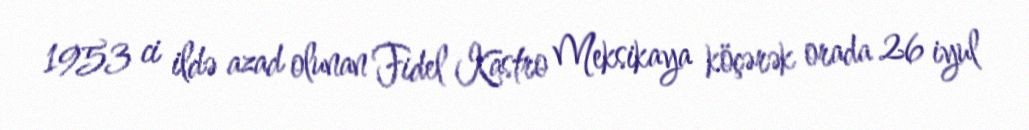
1953 ci ildə azad olunan Fidel Kastro Meksikaya köçərək orada 26 iyul